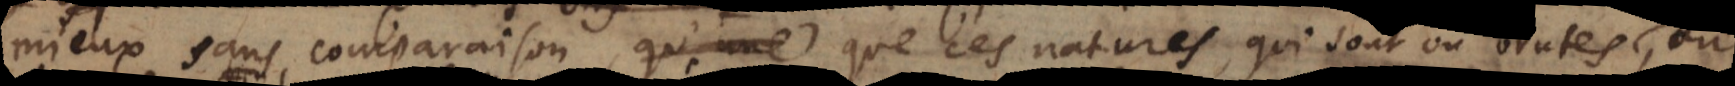
mieux sans comparaison que ces natures qui sont ou brutes et